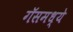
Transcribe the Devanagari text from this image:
गॅसमध्ये